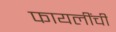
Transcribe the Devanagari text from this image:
फायलींची